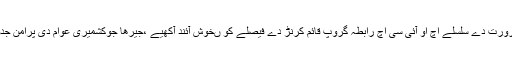
انہاں اقوام متحدہ دی رپورٹ مطابق مقبوضہ کشمیر اچ انکوائری کمیشن بنڑاونڑ دی ضرورت دے سلسلے اچ او آئی سی اچ رابطہ گروپ قائم کرنڑ دے فیصلے کو ںخوش آئند آکھیے ،جیرھا جوکشمیری عوام دی پرامن جدوجہد حق خود ارادیت دی حمایت کرنڑ تے امت مسلمہ دے رہنماواں دا شکریہ ادا کیتے۔